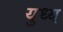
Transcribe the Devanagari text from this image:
युध्य